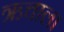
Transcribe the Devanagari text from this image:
ऋचाला